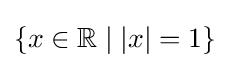
\{x\in \mathbb {R} \mid |x|=1\}